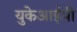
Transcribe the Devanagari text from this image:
युकेआईपी